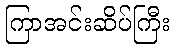
ကြာအင်းဆိပ်ကြီး